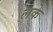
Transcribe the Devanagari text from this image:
लके